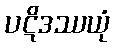
ပဋိဒဿယုံ